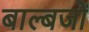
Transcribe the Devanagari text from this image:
बाल्बजों